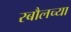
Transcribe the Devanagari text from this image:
रबौलच्या